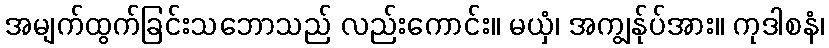
အမျက်ထွက်ခြင်းသဘောသည် လည်းကောင်း။ မယှံ၊ အကျွန်ုပ်အား။ ကုဒါစနံ၊